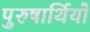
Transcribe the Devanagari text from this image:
पुरुषार्थियों